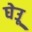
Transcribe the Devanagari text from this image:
घेउू